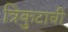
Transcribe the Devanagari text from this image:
त्रिकुटाची